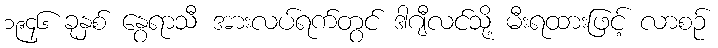
၁၉၄၆ ခုနှစ် နွေရာသီ အားလပ်ရက်တွင် ဒါဂျီလင်သို့ မီးရထားဖြင့် လာစဉ်